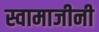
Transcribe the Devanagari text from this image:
स्वामाजीनी